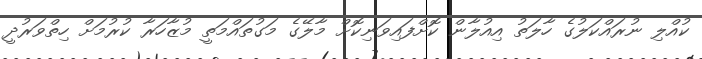
ކުއްލި ނުރައްކަލުގެ ހާލަތު އިއުލާން ކޮށްފައިވަނިކޮށް މާލޭގެ މަގުތައްމަތީ މުޒާހަރާ ކުރުމަށް ހިތްވަރުދީ